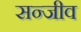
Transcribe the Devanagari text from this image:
सन्जीव